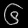
Digit: ၆